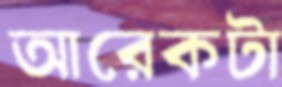
আরেকটা